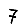
Digit: 7